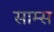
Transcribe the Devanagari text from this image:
साम्स